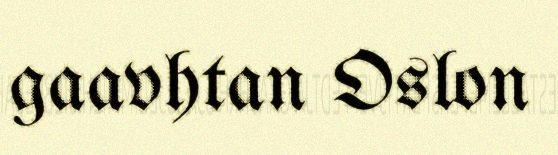
gaavhtan Oslon